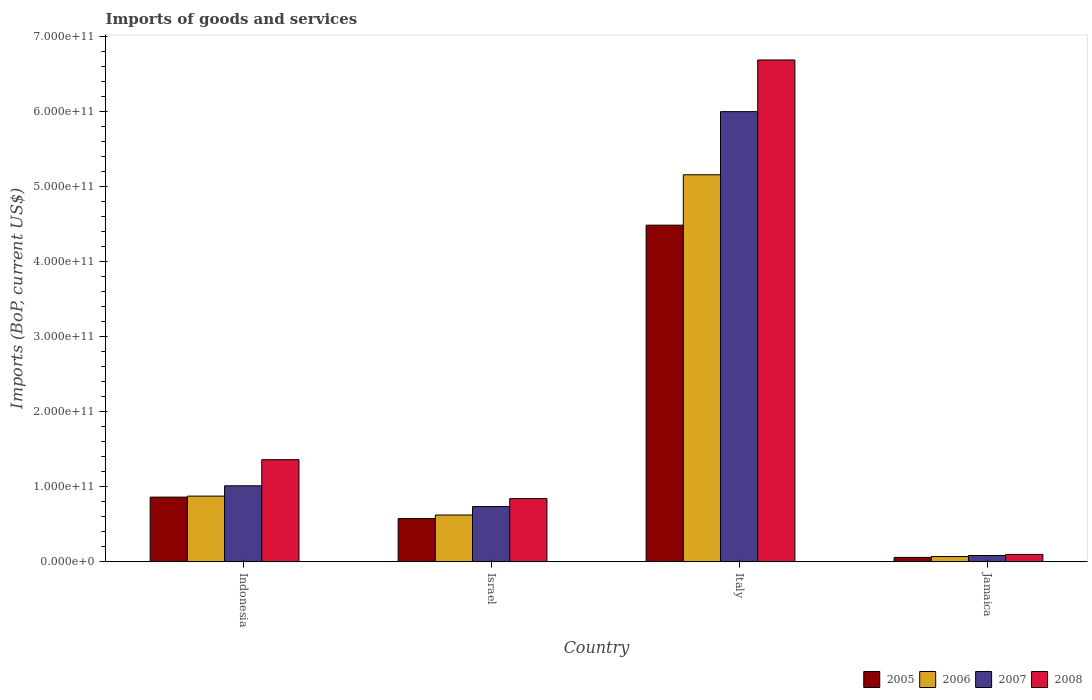
| Country | 2005 | 2006 | 2007 | 2008 |
 | --- | --- | --- | --- | --- |
 | Indonesia | 8.63e+10 | 8.76e+10 | 1.01e+11 | 1.36e+11 |
 | Israel | 5.77e+10 | 6.24e+10 | 7.37e+10 | 8.43e+10 |
 | Italy | 4.49e+11 | 5.16e+11 | 6e+11 | 6.69e+11 |
 | Jamaica | 5.97e+09 | 7.1e+09 | 8.49e+09 | 9.91e+09 |